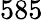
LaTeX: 585